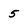
Character: 5